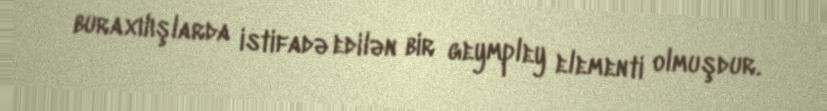
buraxılışlarda istifadə edilən bir geympley elementi olmuşdur.